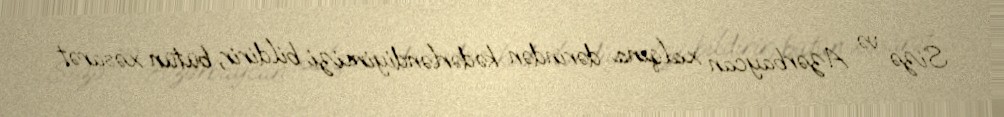
Sizə və Azərbaycan xalqına dərindən kədərləndiyimizi bildirir, bütün xəsarət